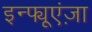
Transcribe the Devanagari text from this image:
इन्फ्यूएंज़ा